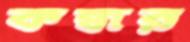
কন্ধর